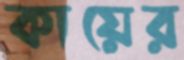
কায়ের